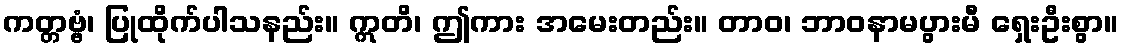
ကတ္တဗ္ဗံ၊ ပြုထိုက်ပါသနည်း။ ဣတိ၊ ဤကား အမေးတည်း။ တာဝ၊ ဘာဝနာမပွားမီ ရှေးဦးစွာ။